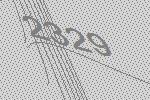
2329